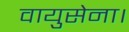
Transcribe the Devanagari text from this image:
वायुसेना।